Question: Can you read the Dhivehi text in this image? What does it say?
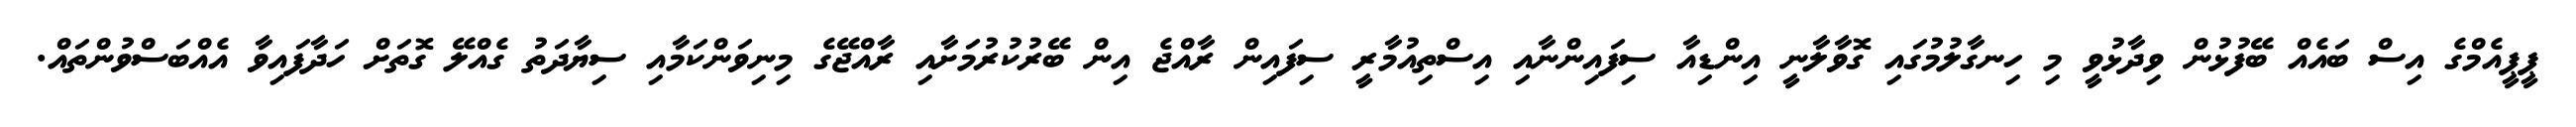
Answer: ޕީޕީއެމްގެ އިސް ބައެއް ބޭފުޅުން ވިދާޅުވީ މި ހިނގާލުމުގައި ގޮވާލާނީ އިންޑިއާ ސިފައިންނާއި އިސްތިއުމާރީ ސިފައިން ރާއްޖެ އިން ބޭރުކުރުމަށާއި ރާއްޖޭގެ މިނިވަންކަމާއި ސިޔާދަތު ގެއްލޭ ގޮތަށް ހަދާފައިވާ އެއްބަސްވުންތައް.